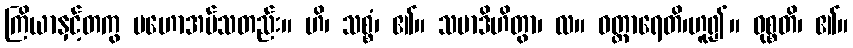
ကြိယာနှင့်တကွ မဟောအပ်သတည်း။ ဟိ၊ သစ္စံ၊ ၏။ သမာဒိဟိတွာ၊ လ။ ဝတ္တာရေတိ၊ဟူ၍။ ဝုစ္စတိ၊ ၏။